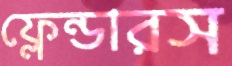
ফ্লেন্ডারস